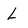
Character: L